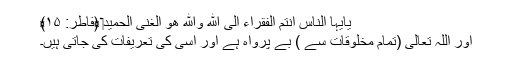
يٰۤاَيُّہا النَّاسُ اَنۡتُمُ الۡفُقَرَآءُ اِلَى اللّٰهِۚ وَاللّٰهُ هُوَ الۡغَنِىُّ الۡحَمِيۡدُ‏ ﴿فاطر: ۱۵﴾
اور اللہ تعالیٰ (تمام مخلوقات سے ) بے پرواہ ہے اور اسی کی تعریفات کی جاتی ہیں۔